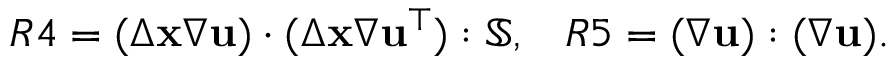
R 4 = ( \Delta \mathbf { x } \nabla \mathbf { u } ) \cdot ( \Delta \mathbf { x } \nabla \mathbf { u } ^ { \top } ) : \mathbb { { S } } , \, ~ ~ R 5 = ( \nabla \mathbf { u } ) : ( \nabla \mathbf { u } ) .